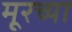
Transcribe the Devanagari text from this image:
मूरच्या